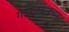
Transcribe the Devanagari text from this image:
गडाजवळच्या